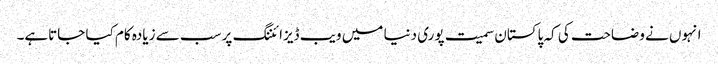
انہوں نے وضاحت کی کہ پاکستان سمیت پوری دنیا میں ویب ڈیزائننگ پر سب سے زیادہ کام کیا جاتاہے۔